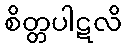
စိတ္တပါဋလိ